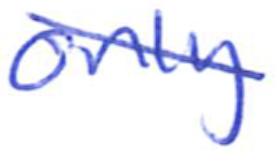
Text: Only
Cross-out: diagonal
Writing tool: ballpoint